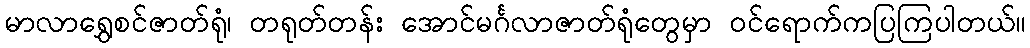
မာလာရွှေစင်ဇာတ်ရုံ၊ တရုတ်တန်း အောင်မင်္ဂလာဇာတ်ရုံတွေမှာ ဝင်ရောက်ကပြကြပါတယ်။